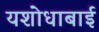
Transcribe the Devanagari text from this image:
यशोधाबाई